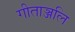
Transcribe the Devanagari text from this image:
गीताञ्जलि